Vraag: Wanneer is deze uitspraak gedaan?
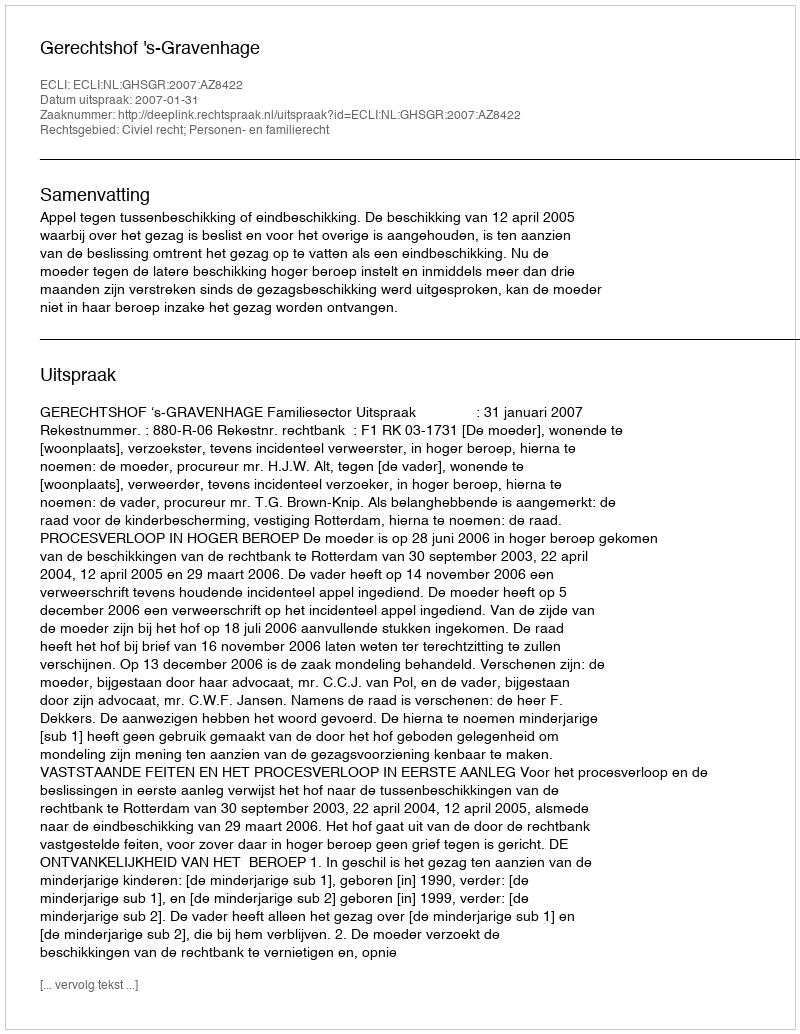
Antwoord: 2007-01-31